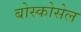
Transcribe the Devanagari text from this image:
बोस्कोसेल